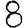
Digit: 8